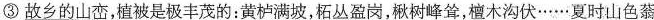
③\underline{故乡的山峦，植被是极丰茂的}：黄栌满坡，柘丛盈岗，楸树峰耸，檀木沟伏……夏时山色蓊